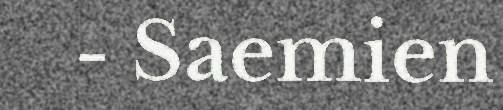
- Saemien